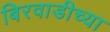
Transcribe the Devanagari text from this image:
बिरवाडीच्या